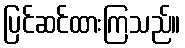
ပြင်ဆင်ထားကြသည်။